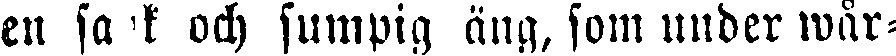
en sank och sumpig äng, som under wår-